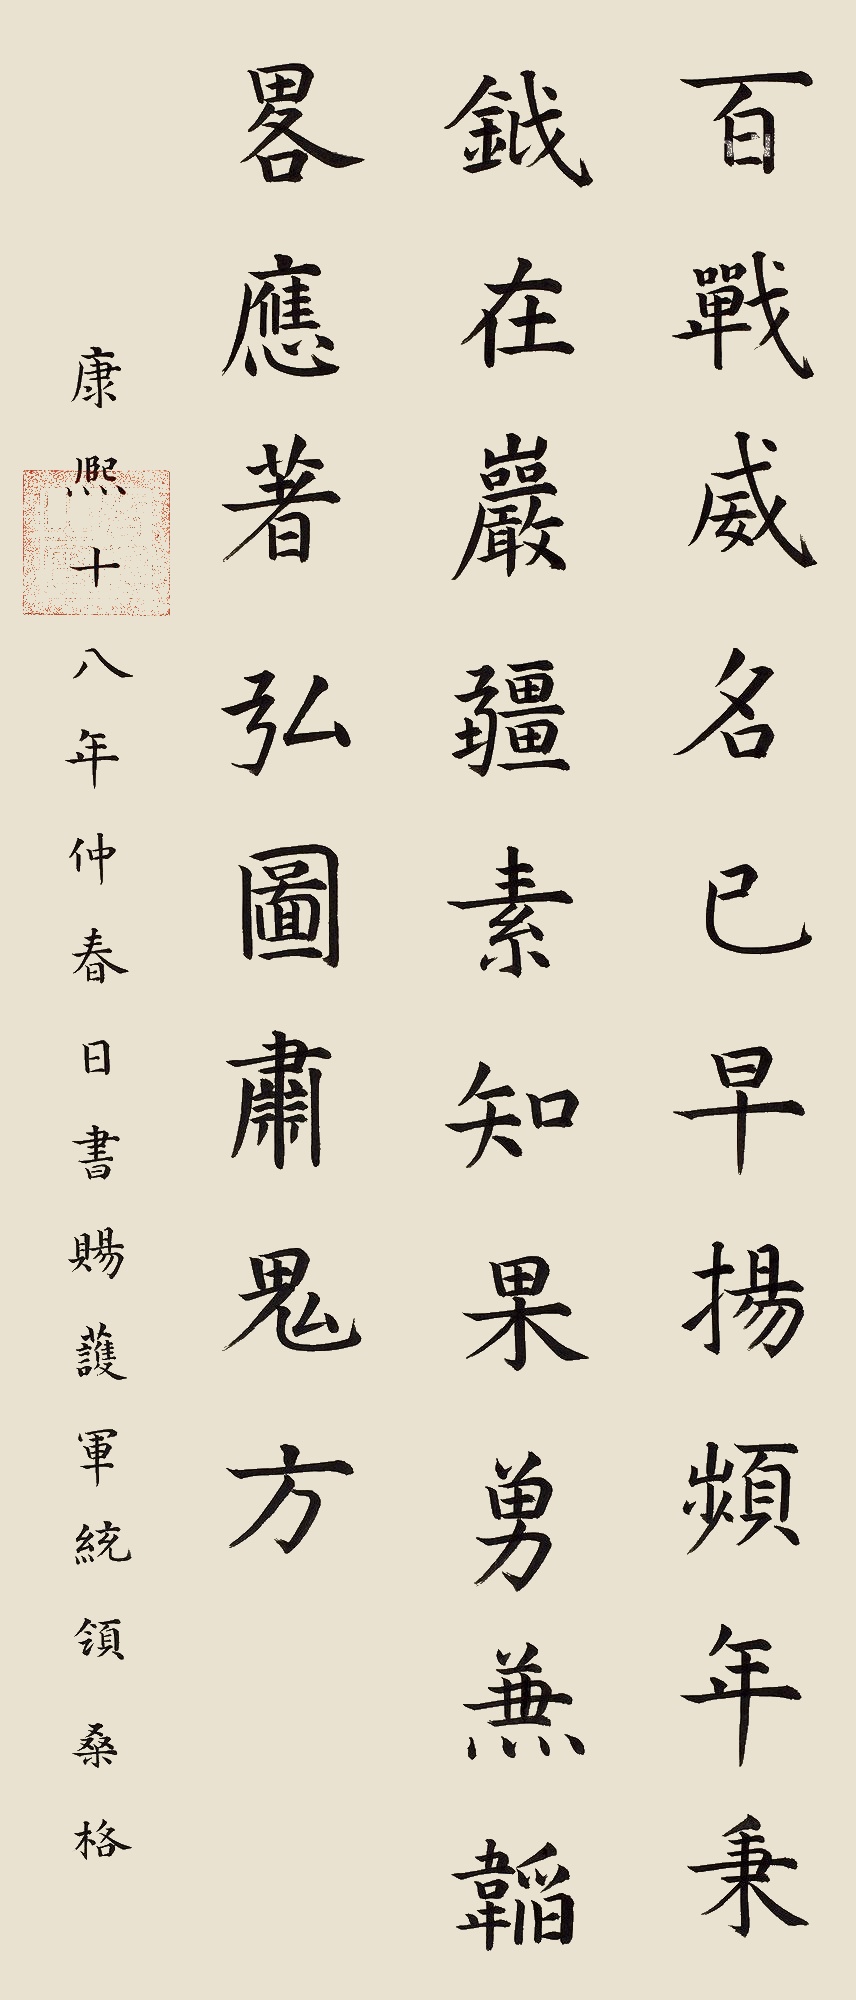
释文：百战威名已早扬，频年秉钺在岩疆。素知果勇兼韬略，应著弘图肃鬼方。康熙十八年仲春日，书赐护军统领桑格。